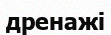
дренажі